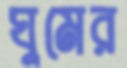
ঘুমের